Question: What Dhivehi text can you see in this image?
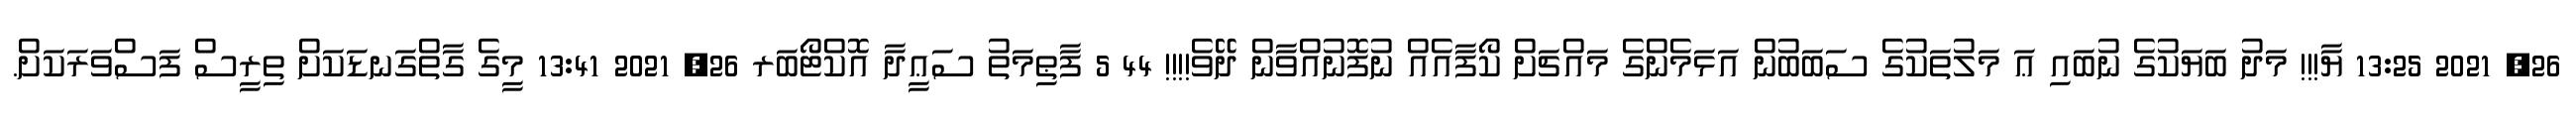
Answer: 26, 2021 13:25 ޔާ!!! މަދު ބަޔަކުގެ ނުބައި ޢަ މަލުތަކުގެ ސަބަބުން އަޅަމެންގެ މައްޗަށް ކޯފާއެއް ނުފޮނުއްވާން ދޭވެ!!!! 44 5 ފާޠިމަތު ސަޢީދާ އޮކްޓޯބަރ 26, 2021 13:41 މީގެ ގާތްގަނޑަކަށް ތިރީސް ފަސްވަރަކަށް.